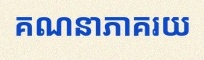
គណនាភាគរយ